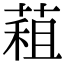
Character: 蒩